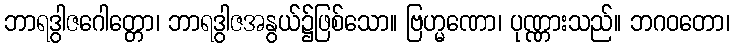
ဘာရဒွါဇဂေါတ္တော၊ ဘာရဒွါဇအနွယ်၌ဖြစ်သော။ ဗြဟ္မဏော၊ ပုဏ္ဏားသည်။ ဘဂဝတော၊